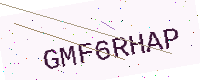
Text: GMF6RHAP